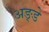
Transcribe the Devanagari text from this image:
अङ्डे